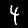
Digit: 4